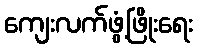
ကျေးလက်ဖွံ့ဖြိုးရေး